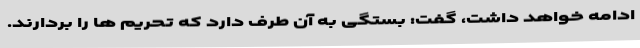
ادامه خواهد داشت، گفت: بستگی به آن طرف دارد که تحریم ها را بردارند.